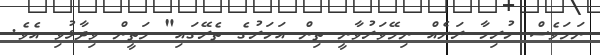
ނަމަވެސް ހުރިހާ ރަށެއް ނިމޭވަރުވާނީ ތިން އަހަރުގެ ތެރޭގައި" މަތީން ވިދާޅުވި އެވެ.